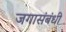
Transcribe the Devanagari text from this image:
जगासंबंधी